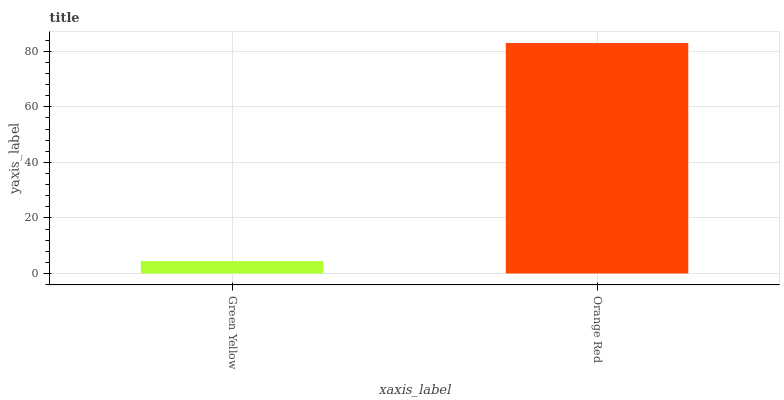
| xaxis_label | bars |
 | --- | --- |
 | Green Yellow | 4.46 |
 | Orange Red | 83 |